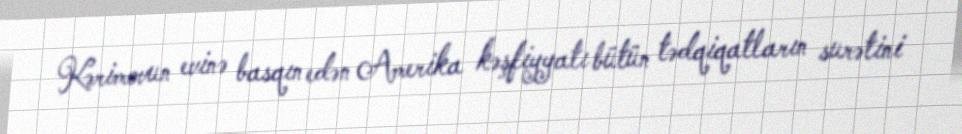
Kərimovun evinə basqın edən Amerika kəşfiyyatı bütün tədqiqatların surətini